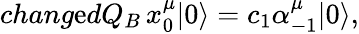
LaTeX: chang\mathrm{e}dQ_{B}\, x_{0}^{\mu}|0\rangle=c_{1}\alpha_{-1}^{\mu}|0\rangle,